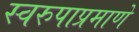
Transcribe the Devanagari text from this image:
स्वरुपाप्रमाणे